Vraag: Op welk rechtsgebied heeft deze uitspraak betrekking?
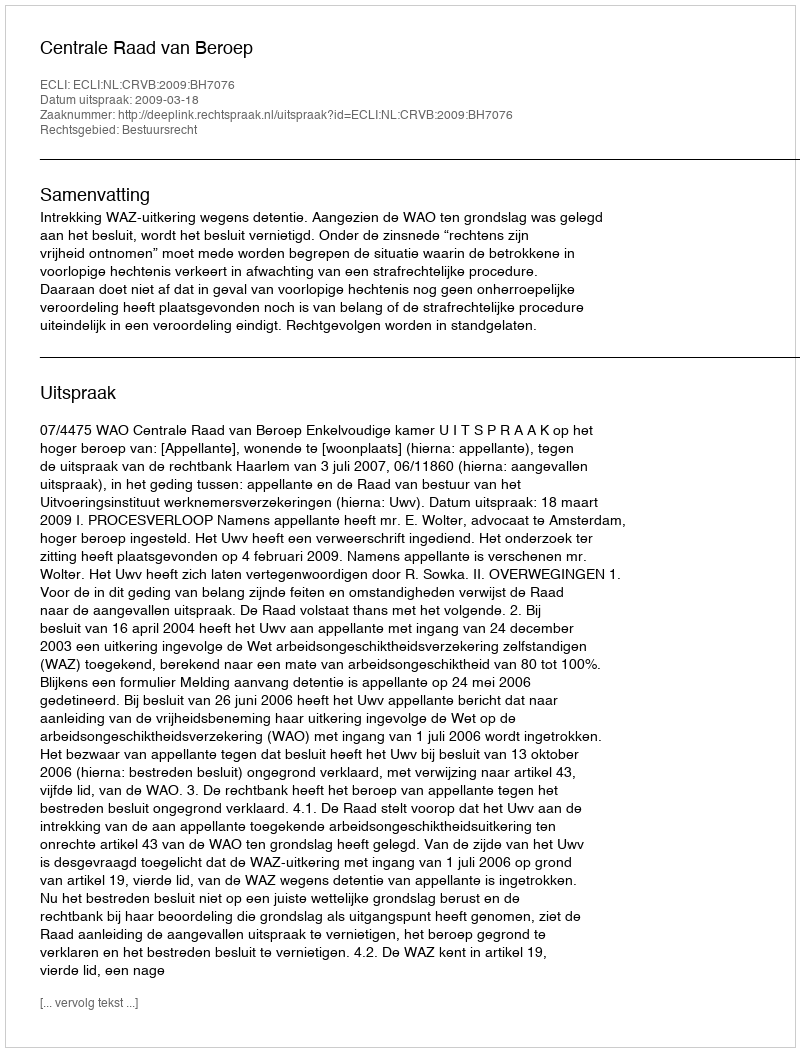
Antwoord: Bestuursrecht